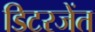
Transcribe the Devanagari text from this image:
डिटरजेंत